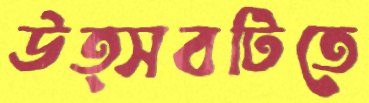
উত্সবটিতে